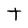
Character: t